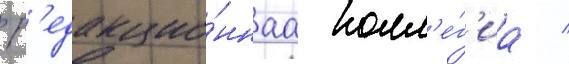
Р'едакцио́ннаа колл'е́г'иа